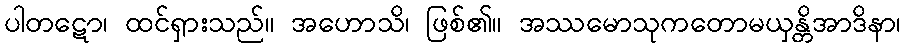
ပါတဋော၊ ထင်ရှားသည်။ အဟောသိ၊ ဖြစ်၏။ အဿမောသုကတောမယှန္တိအာဒိနာ၊